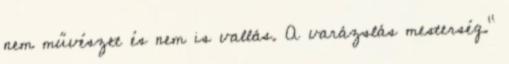
nem művészet és nem is vallás. A varázslás mesterség."